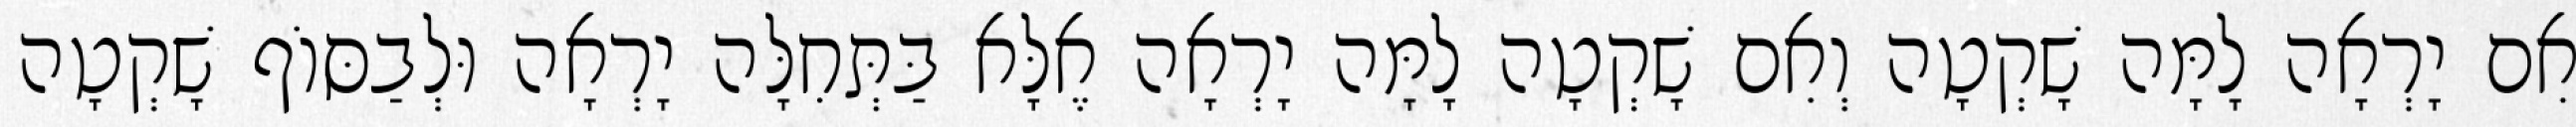
אִם יָרְאָה לָמָּה שָׁקְטָה וְאִם שָׁקְטָה לָמָּה יָרְאָה אֶלָּא בַּתְּחִלָּה יָרְאָה וּלְבַסּוֹף שָׁקְטָה